Indian journal of veterinary science and animal husbandry - Volume 7,
Year: 1937
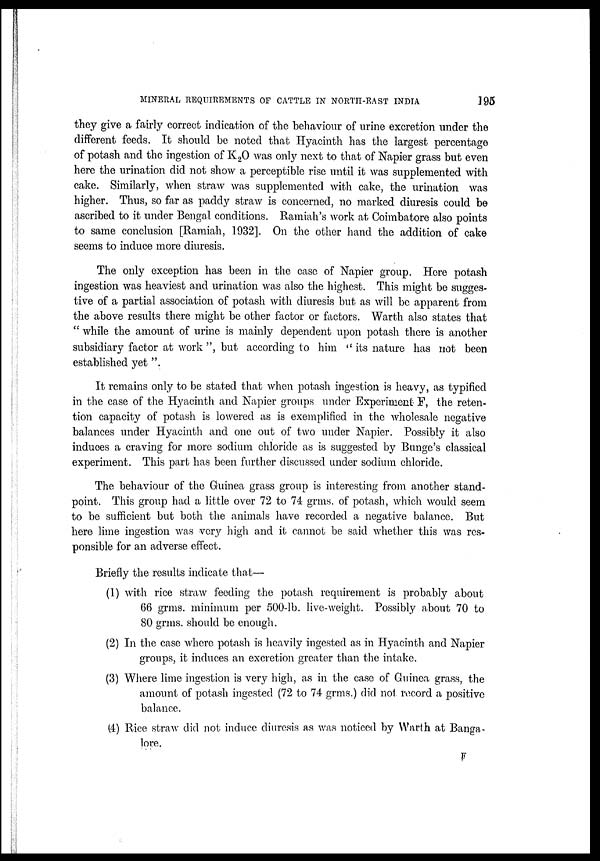
MINERAL REQUIREMENTS OF CATTLE IN NORTH-EAST INDIA
195
they give a fairly correct indication of the behaviour of urine excretion under the
different feeds. It should be noted that Hyacinth has the largest percentage
of potash and the ingestion of K 2 O was only next to that of Napier grass but even
here the urination did not show a perceptible rise until it was supplemented with
cake. Similarly, when straw was supplemented with cake, the urination was
higher. Thus, so far as paddy straw is concerned, no marked diuresis could be
ascribed to it under Bengal conditions. Ramiah's work at Coimbatore also points
to same conclusion [Ramiah, 1932]. On the other hand the addition of cake
seems to induce more diuresis.
The only exception has been in the case of Napier group. Here potash
ingestion was heaviest and urination was also the highest. This might be sugges-
tive of a partial association of potash with diuresis but as will be apparent from
the above results there might be other factor or factors. Warth also states that
" while the amount of urine is mainly dependent upon potash there is another
subsidiary factor at work", but according to him "its nature has not been
established yet ".
It remains only to be stated that when potash ingestion is heavy, as typified
in the case of the Hyacinth and Napier groups under Experiment F, the reten-
tion capacity of potash is lowered as is exemplified in the wholesale negative
balances under Hyacinth and one out of two under Napier. Possibly it also
induces a craving for more sodium chloride as is suggested by Bunge's classical
experiment. This part has been further discussed under sodium chloride.
The behaviour of the Guinea grass group is interesting from another stand-
point. This group had a little over 72 to 74 grms. of potash, which would seem
to be sufficient but both the animals have recorded a negative balance. But
here lime ingestion was very high and it cannot be said whether this was res-
ponsible for an adverse effect.
Briefly the results indicate that—
(1) with rice straw feeding the potash requirement is probably about
66 grms. minimum per 500-lb. live-weight. Possibly about 70 to
80 grms. should be enough.
(2) In the case where potash is heavily ingested as in Hyacinth and Napier
groups, it induces an excretion greater than the intake.
(3) Where lime ingestion is very high, as in the case of Guinea grass, the
amount of potash ingested (72 to 74 grms.) did not. record a positive
balance.
(4) Rice straw did not induce diuresis as was noticed by Warth at Banga-
lore.
F